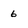
Character: 6